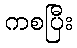
ကစပြီး